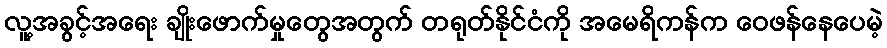
လူ့အခွင့်အရေး ချိုးဖောက်မှုတွေအတွက် တရုတ်နိုင်ငံကို အမေရိကန်က ဝေဖန်နေပေမဲ့